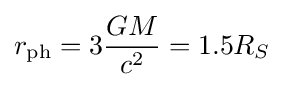
r_{\mathrm {ph} }=3{\frac {GM}{c^{2}}}={1.5R_{S}}